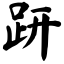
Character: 趼